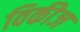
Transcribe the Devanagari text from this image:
विकीज